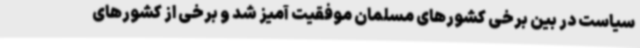
سیاست در بین برخی کشورهای مسلمان موفقیت آمیز شد و برخی از کشورهای